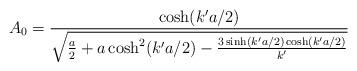
LaTeX: \begin{align*}A_{0}=\frac{\cosh(k'a/2)}{\sqrt{\frac{a}{2}+a\cosh^{2}(k'a/2)-\frac{3\sinh(k'a/2)\cosh(k'a/2)}{k'}}}\end{align*}